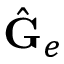
\hat { \mathbf { G } } _ { e }